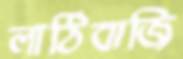
লাঠিবাজি